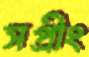
সপ্রীং